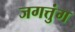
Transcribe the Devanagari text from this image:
जगत्तुंग